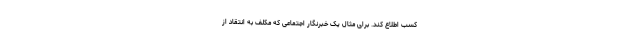
کسب اطلاع کند. برای مثال یک خبرنگار اجتماعی که مکلف به انتقاد از